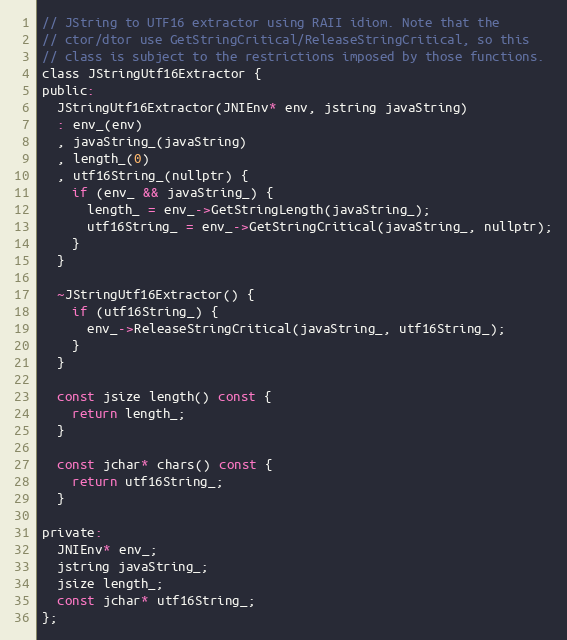
Language: C
// JString to UTF16 extractor using RAII idiom. Note that the
// ctor/dtor use GetStringCritical/ReleaseStringCritical, so this
// class is subject to the restrictions imposed by those functions.
class JStringUtf16Extractor {
public:
  JStringUtf16Extractor(JNIEnv* env, jstring javaString)
  : env_(env)
  , javaString_(javaString)
  , length_(0)
  , utf16String_(nullptr) {
    if (env_ && javaString_) {
      length_ = env_->GetStringLength(javaString_);
      utf16String_ = env_->GetStringCritical(javaString_, nullptr);
    }
  }

  ~JStringUtf16Extractor() {
    if (utf16String_) {
      env_->ReleaseStringCritical(javaString_, utf16String_);
    }
  }

  const jsize length() const {
    return length_;
  }

  const jchar* chars() const {
    return utf16String_;
  }

private:
  JNIEnv* env_;
  jstring javaString_;
  jsize length_;
  const jchar* utf16String_;
};